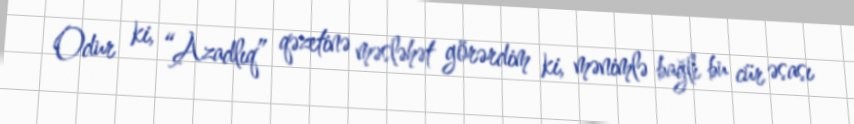
Odur ki, “Azadlıq” qəzetinə məsləhət görərdim ki, mənimlə bağlı bu cür əsası